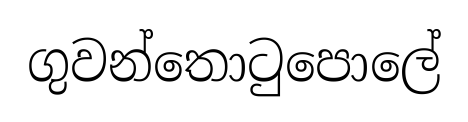
ගුවන්තොටුපොලේ